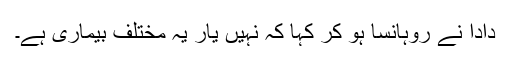
دادا نے روہانسا ہو کر کہا کہ نہیں یار یہ مختلف بیماری ہے۔